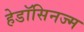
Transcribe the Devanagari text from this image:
हेडॉसिनज्म